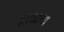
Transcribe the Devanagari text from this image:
भूछत्राचा